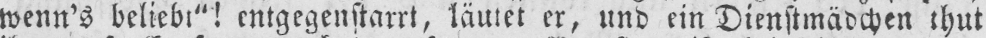
entgegenstarrt, läutet er, und ein Dienstmädchen thut